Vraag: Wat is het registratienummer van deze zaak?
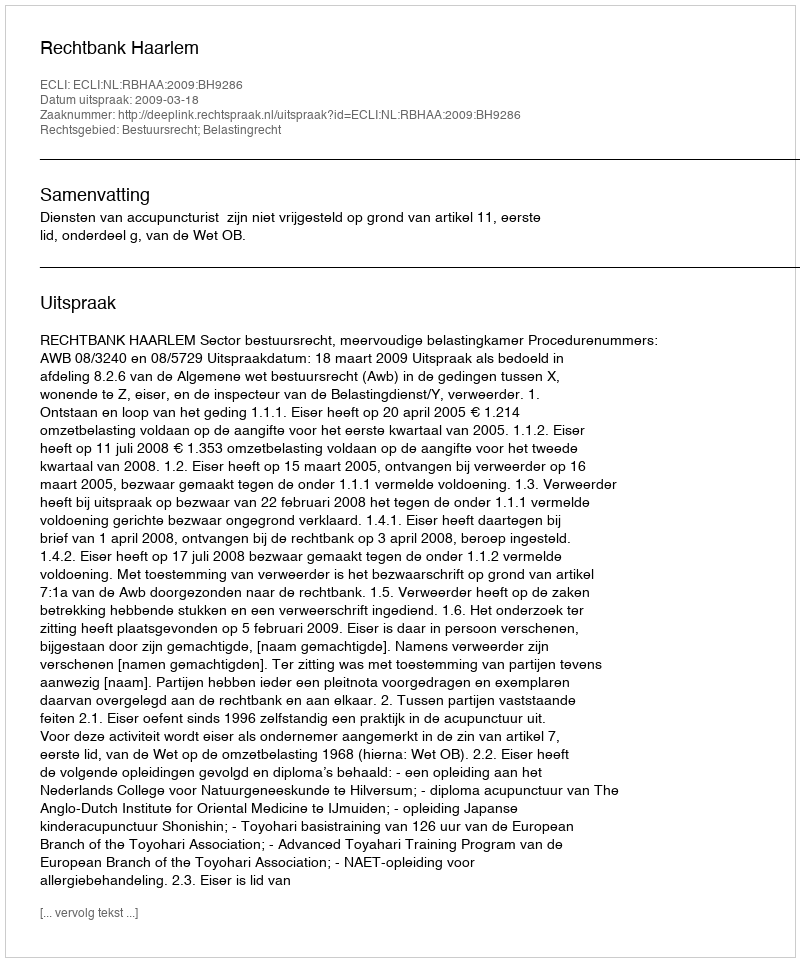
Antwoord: http://deeplink.rechtspraak.nl/uitspraak?id=ECLI:NL:RBHAA:2009:BH9286